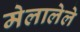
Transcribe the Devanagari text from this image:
मेलालेले